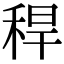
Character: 稈